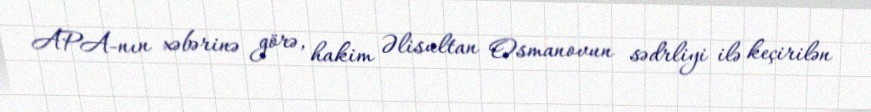
APA-nın xəbərinə görə, hakim Əlisultan Osmanovun sədrliyi ilə keçirilən